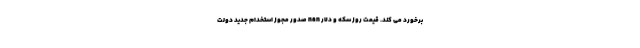
برخورد می کند. قیمت روز سکه و دلار nan صدور مجوز استخدام جدید دولت